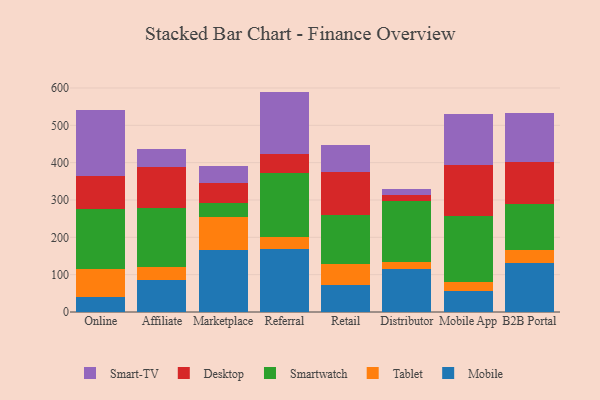
{"axis": {"x": "Channel", "y": "Population (Million)"}, "legend": ["Desktop", "Mobile", "Smart-TV", "Smartwatch", "Tablet"], "data": [{"x": "Online", "y": 38.9, "type": "Mobile"}, {"x": "Online", "y": 75.8, "type": "Tablet"}, {"x": "Online", "y": 161.0, "type": "Smartwatch"}, {"x": "Online", "y": 88.1, "type": "Desktop"}, {"x": "Online", "y": 176.6, "type": "Smart-TV"}, {"x": "Affiliate", "y": 85.9, "type": "Mobile"}, {"x": "Affiliate", "y": 35.8, "type": "Tablet"}, {"x": "Affiliate", "y": 156.2, "type": "Smartwatch"}, {"x": "Affiliate", "y": 109.9, "type": "Desktop"}, {"x": "Affiliate", "y": 48.9, "type": "Smart-TV"}, {"x": "Marketplace", "y": 165.3, "type": "Mobile"}, {"x": "Marketplace", "y": 89.0, "type": "Tablet"}, {"x": "Marketplace", "y": 36.4, "type": "Smartwatch"}, {"x": "Marketplace", "y": 54.8, "type": "Desktop"}, {"x": "Marketplace", "y": 44.4, "type": "Smart-TV"}, {"x": "Referral", "y": 169.9, "type": "Mobile"}, {"x": "Referral", "y": 30.9, "type": "Tablet"}, {"x": "Referral", "y": 171.3, "type": "Smartwatch"}, {"x": "Referral", "y": 51.8, "type": "Desktop"}, {"x": "Referral", "y": 166.4, "type": "Smart-TV"}, {"x": "Retail", "y": 71.1, "type": "Mobile"}, {"x": "Retail", "y": 58.4, "type": "Tablet"}, {"x": "Retail", "y": 130.6, "type": "Smartwatch"}, {"x": "Retail", "y": 115.5, "type": "Desktop"}, {"x": "Retail", "y": 70.7, "type": "Smart-TV"}, {"x": "Distributor", "y": 114.3, "type": "Mobile"}, {"x": "Distributor", "y": 20.5, "type": "Tablet"}, {"x": "Distributor", "y": 162.8, "type": "Smartwatch"}, {"x": "Distributor", "y": 15.7, "type": "Desktop"}, {"x": "Distributor", "y": 16.4, "type": "Smart-TV"}, {"x": "Mobile App", "y": 57.2, "type": "Mobile"}, {"x": "Mobile App", "y": 22.3, "type": "Tablet"}, {"x": "Mobile App", "y": 177.1, "type": "Smartwatch"}, {"x": "Mobile App", "y": 137.8, "type": "Desktop"}, {"x": "Mobile App", "y": 136.6, "type": "Smart-TV"}, {"x": "B2B Portal", "y": 130.9, "type": "Mobile"}, {"x": "B2B Portal", "y": 35.2, "type": "Tablet"}, {"x": "B2B Portal", "y": 122.3, "type": "Smartwatch"}, {"x": "B2B Portal", "y": 114.3, "type": "Desktop"}, {"x": "B2B Portal", "y": 131.2, "type": "Smart-TV"}]}